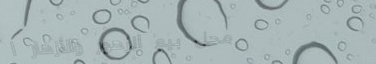
محل بيع الزهور والأزهار ا